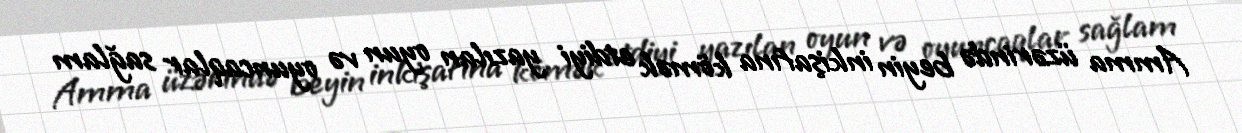
Amma üzərində beyin inkişafına kömək etdiyi yazılan oyun və oyuncaqlar sağlam